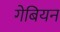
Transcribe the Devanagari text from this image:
गेबियन